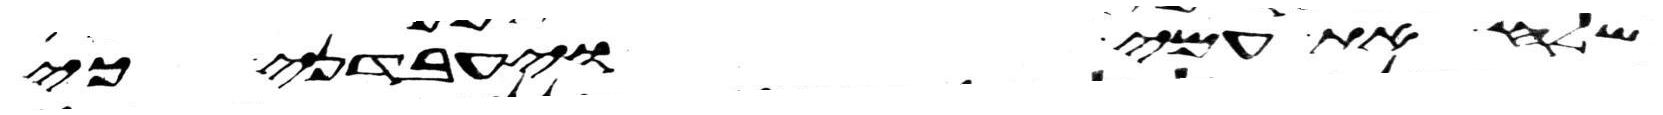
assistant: שלח את עמי ויעבדני כי